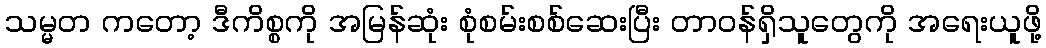
သမ္မတ ကတော့ ဒီကိစ္စကို အမြန်ဆုံး စုံစမ်းစစ်ဆေးပြီး တာဝန်ရှိသူတွေကို အရေးယူဖို့